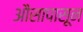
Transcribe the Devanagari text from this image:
औसापासून